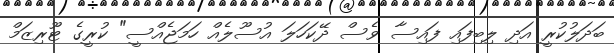
ބަދަލުކުރީ އަދި ލިބިފައި ފައިސާ ވެސް ދޭކަހަލަ އުސޫލެއް ހަމަޖެއްސީ" ކުރީގެ ޓޫރިޒަމް